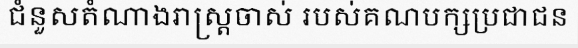
ជំនួសតំណាងរាស្ត្រចាស់ របស់គណបក្សប្រជាជន